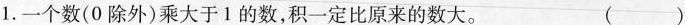
1.一个数(0除外)乘大于1的数，积一定比原来的数大。 ()